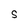
Character: s